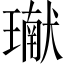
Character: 𤩽